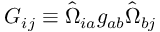
G _ { i j } \equiv \hat { \Omega } _ { i a } g _ { a b } \hat { \Omega } _ { b j }